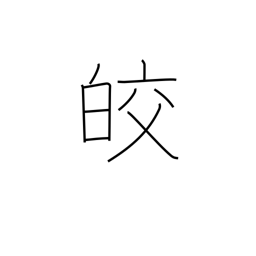
Meaning: white